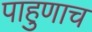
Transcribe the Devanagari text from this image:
पाहुणाच